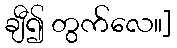
ချီ၍ တွက်လေ။]